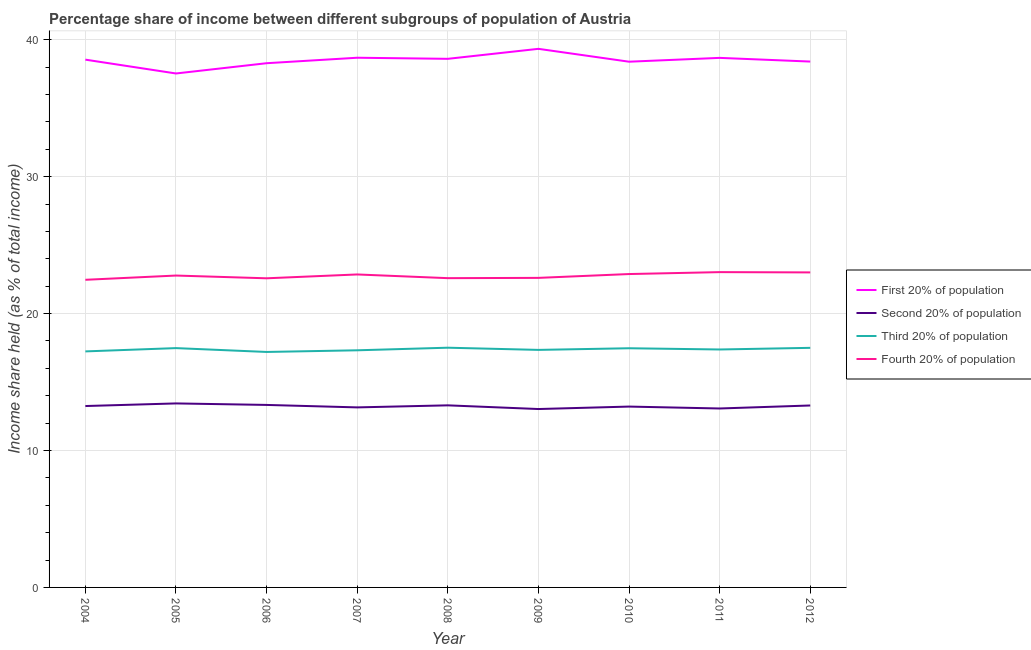
| Year | First 20% of population | Second 20% of population | Third 20% of population | Fourth 20% of population |
 | --- | --- | --- | --- | --- |
 | 2004 | 38.5 | 13.2 | 17.2 | 22.5 |
 | 2005 | 37.5 | 13.4 | 17.5 | 22.8 |
 | 2006 | 38.3 | 13.3 | 17.2 | 22.6 |
 | 2007 | 38.7 | 13.2 | 17.3 | 22.9 |
 | 2008 | 38.6 | 13.3 | 17.5 | 22.6 |
 | 2009 | 39.3 | 13 | 17.4 | 22.6 |
 | 2010 | 38.4 | 13.2 | 17.5 | 22.9 |
 | 2011 | 38.7 | 13.1 | 17.4 | 23 |
 | 2012 | 38.4 | 13.3 | 17.5 | 23 |